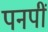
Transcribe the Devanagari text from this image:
पनपीं